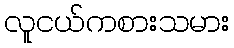
လူငယ်ကစားသမား